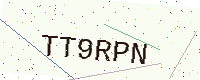
Text: TT9RPN